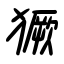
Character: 獗